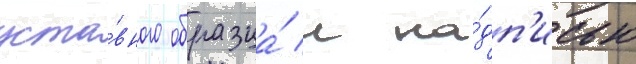
уста́вного образца́ с на́дп'исью